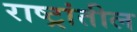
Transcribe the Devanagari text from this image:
राष्ट्रांतील